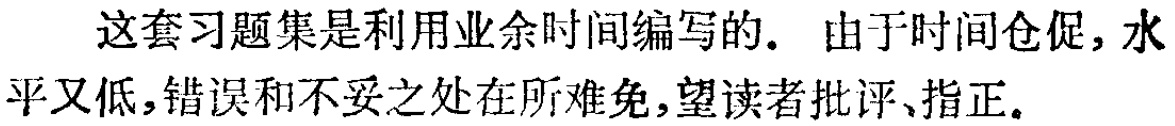
这套习题集是利用业余时间编写的. 由于时间仓促, 水平又低,错误和不妥之处在所难免,望读者批评、指正.